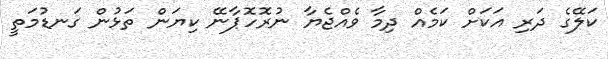
ކަލޭގެ ދަރި އަކަށް ކަމެއް ދިމާ ވެއްޖެޔާ ނުރޮހޮޕާނޭ ކިޔަން ތަޅުން ގަނޑުމަތީ